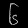
Digit: ၆